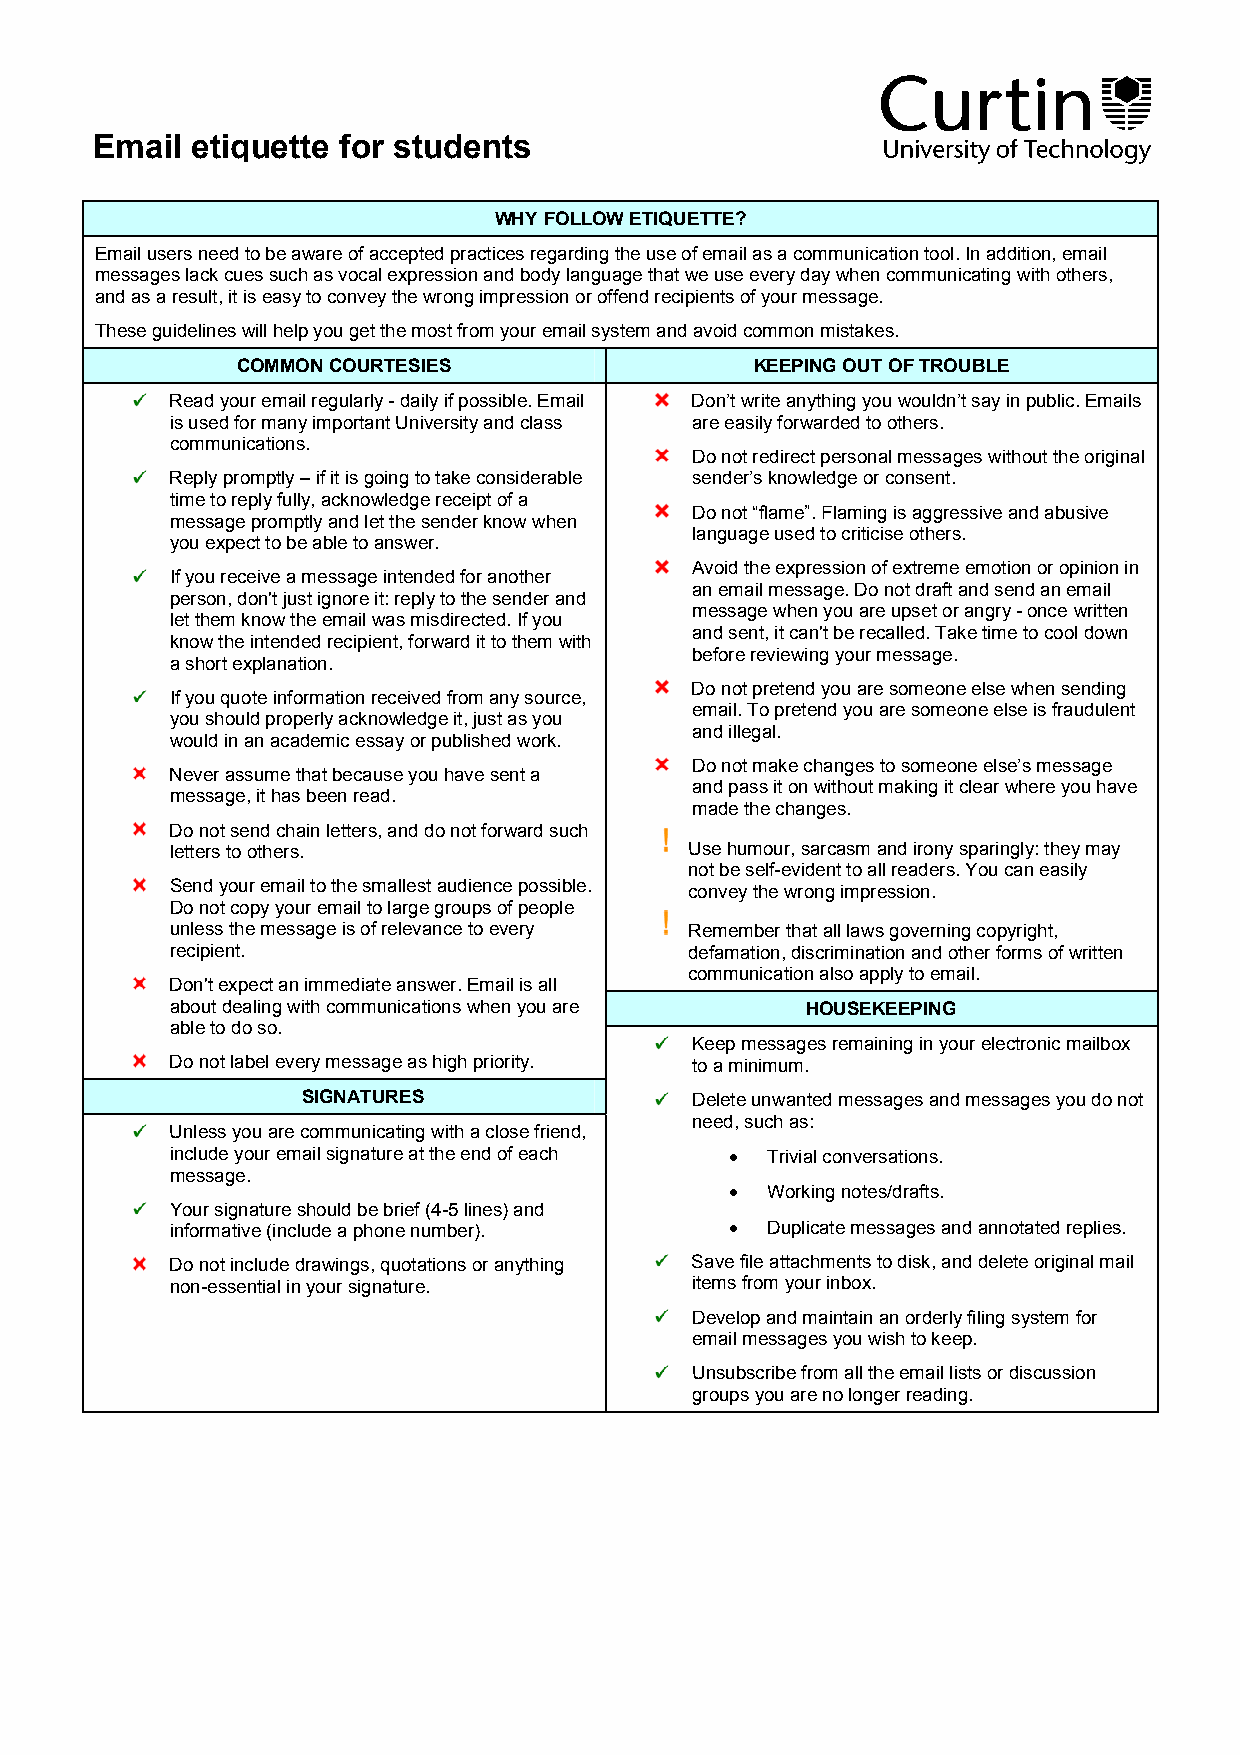
Email  etiquette for students
 WHY FOLLOW ETIQUETTE?
 Email users need to be aware of accepted practices regarding the use of email as a communication tool. In addition, email
 messages lack cues such as vocal expression and body language that we use every day when communicating with others,
 and as a result, it is easy to convey the wrong impression or offend recipients of your message.
 These guidelines will help you get the most from your email system and avoid common mistakes.
 COMMON COURTESIES                 KEEPING OUT OF TROUBLE
 Read your email regularly - daily if possible. Email Don’t write anything you wouldn’t say in public. Emails
 is used for many important University and class are easily forwarded to others.
 communications.
 Do not redirect personal messages without the original
 Reply promptly – if it is going to take considerable sender’s knowledge or consent.
 time to reply fully, acknowledge receipt of a
 Do not “flame”. Flaming is aggressive and abusive
 message promptly and let the sender know when
 language used to criticise others.
 you expect to be able to answer.
 Avoid the expression of extreme emotion or opinion in
 If you receive a message intended for another
 an email message. Do not draft and send an email
 person, don't just ignore it: reply to the sender and
 message when you are upset or angry - once written
 let them know the email was misdirected. If you
 and sent, it can't be recalled. Take time to cool down
 know the intended recipient, forward it to them with
 before reviewing your message.
 a short explanation.
 Do not pretend you are someone else when sending
 If you quote information received from any source,
 email. To pretend you are someone else is fraudulent
 you should properly acknowledge it, just as you
 and illegal.
 would in an academic essay or published work.
 Do not make changes to someone else’s message
 Never assume that because you have sent a
 and pass it on without making it clear where you have
 message, it has been read.
 made the changes.
 Do not send chain letters, and do not forward such
 letters to others.                 Use humour, sarcasm and irony sparingly: they may
 not be self-evident to all readers. You can easily
 Send your email to the smallest audience possible. convey the wrong impression.
 Do not copy your email to large groups of people
 unless the message is of relevance to every Remember that all laws governing copyright,
 recipient.                         defamation, discrimination and other forms of written
 communication also apply to email.
 Don't expect an immediate answer. Email is all
 about dealing with communications when you are HOUSEKEEPING
 able to do so.
 Keep messages remaining in your electronic mailbox
 Do not label every message as high priority. to a minimum.
 SIGNATURES                Delete unwanted messages and messages you do not
 need, such as:
 Unless you are communicating with a close friend,
 include your email signature at the end of each • Trivial conversations.
 message.
 •  Working notes/drafts.
 Your signature should be brief (4-5 lines) and
 informative (include a phone number). • Duplicate messages and annotated replies.
 Do not include drawings, quotations or anything Save file attachments to disk, and delete original mail
 non-essential in your signature.   items from your inbox.
 Develop and maintain an orderly filing system for
 email messages you wish to keep.
 Unsubscribe from all the email lists or discussion
 groups you are no longer reading.